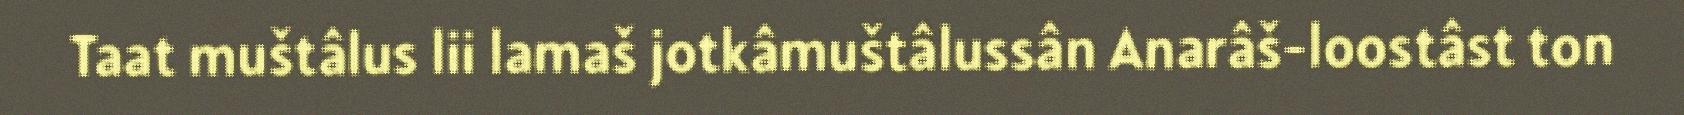
Taat muštâlus lii lamaš jotkâmuštâlussân Anarâš-loostâst ton